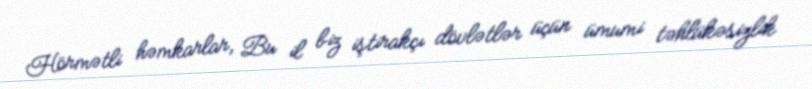
Hörmətli həmkarlar, Bu il biz iştirakçı dövlətlər üçün ümumi təhlükəsizlik